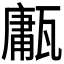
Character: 𤮇